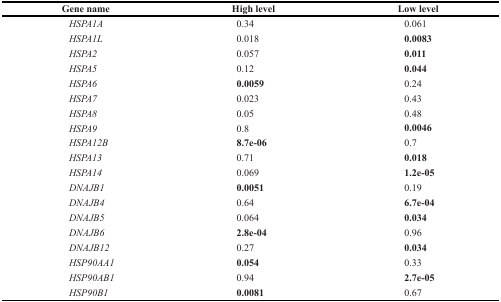
<table><thead><tr><td><b>Gene name</b></td><td><b>High level</b></td><td><b>Low level</b></td></tr></thead><tbody><tr><td><i>HSPA1A</i></td><td>0.34</td><td>0.061</td></tr><tr><td><i>HSPA1L</i></td><td>0.018</td><td><b>0.0083</b></td></tr><tr><td><i>HSPA2</i></td><td>0.057</td><td><b>0.011</b></td></tr><tr><td><i>HSPA5</i></td><td>0.12</td><td><b>0.044</b></td></tr><tr><td><i>HSPA6</i></td><td><b>0.0059</b></td><td>0.24</td></tr><tr><td><i>HSPA7</i></td><td>0.023</td><td>0.43</td></tr><tr><td><i>HSPA8</i></td><td>0.05</td><td>0.48</td></tr><tr><td><i>HSPA9</i></td><td>0.8</td><td><b>0.0046</b></td></tr><tr><td><i>HSPA12B</i></td><td><b>8.7e-06</b></td><td>0.7</td></tr><tr><td><i>HSPA13</i></td><td>0.71</td><td><b>0.018</b></td></tr><tr><td><i>HSPA14</i></td><td>0.069</td><td><b>1.2e-05</b></td></tr><tr><td><i>DNAJB1</i></td><td><b>0.0051</b></td><td>0.19</td></tr><tr><td><i>DNAJB4</i></td><td>0.64</td><td><b>6.7e-04</b></td></tr><tr><td><i>DNAJB5</i></td><td>0.064</td><td><b>0.034</b></td></tr><tr><td><i>DNAJB6</i></td><td><b>2.8e-04</b></td><td>0.96</td></tr><tr><td><i>DNAJB12</i></td><td>0.27</td><td><b>0.034</b></td></tr><tr><td><i>HSP90AA1</i></td><td><b>0.054</b></td><td>0.33</td></tr><tr><td><i>HSP90AB1</i></td><td>0.94</td><td><b>2.7e-05</b></td></tr><tr><td><i>HSP90B1</i></td><td><b>0.0081</b></td><td>0.67</td></tr></tbody></table>